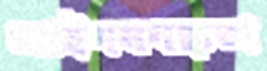
আইনমনস্কতা